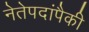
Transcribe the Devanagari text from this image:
नेतेपदांपैकी